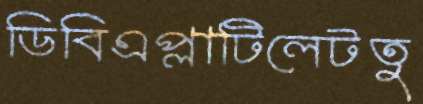
ডিবিএপ্লাটিলেটতু